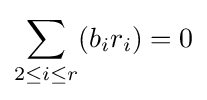
\sum _{2\leq i\leq r}(b_{i}r_{i})=0